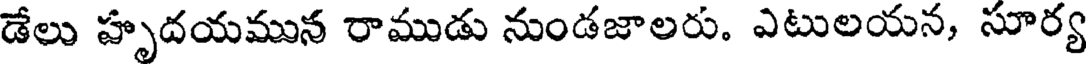
డేలు హృదయమున రాముడు నుండజాలరు. ఎటులయన, సూర్య